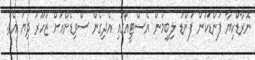
ނޮރާޑްކިޔާ ފަންޑަކުން ފަންޑު ލިބިމުން އެސްޓީއޯގައި އެދިގެން ސްވިޑެންއަށް ޒުހޫރު ދިޔަ އެވެ.